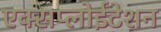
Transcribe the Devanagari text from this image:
एक्सप्लोईटेशन